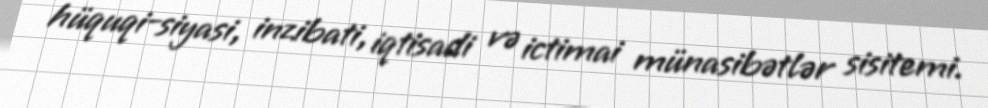
hüquqi-siyasi, inzibati, iqtisadi və ictimai münasibətlər sisitemi.